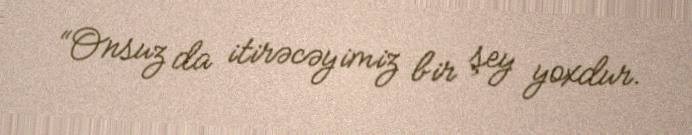
“Onsuz da itirəcəyimiz bir şey yoxdur.